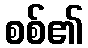
စစ်၏